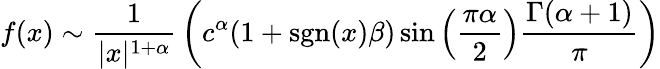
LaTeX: f(x)\sim{\frac{1}{|x|^{1+\alpha}}}\left(c^{\alpha}(1+\operatorname{sgn}(x)\beta)\sin\left({\frac{\pi\alpha}{2}}\right){\frac{\Gamma(\alpha+1)}{\pi}}\right)